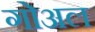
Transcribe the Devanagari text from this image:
गोअल